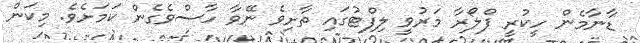
ޑާނާމެން ހީކުރީ ފްލޯރާ މަރުވީ ލިފްޓުގައި ތާށިވެ ނޭވާ ހާސްވެގެން ކަމަށެވެ. މިކަން